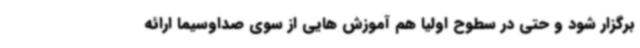
برگزار شود و حتی در سطوح اولیا هم آموزش هایی از سوی صداوسیما ارائه